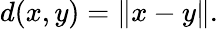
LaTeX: d(x,y)=\| x-y\| .